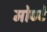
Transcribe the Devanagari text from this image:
मोण्टे